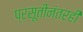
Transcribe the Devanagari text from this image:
प्रसूतीनंतरही